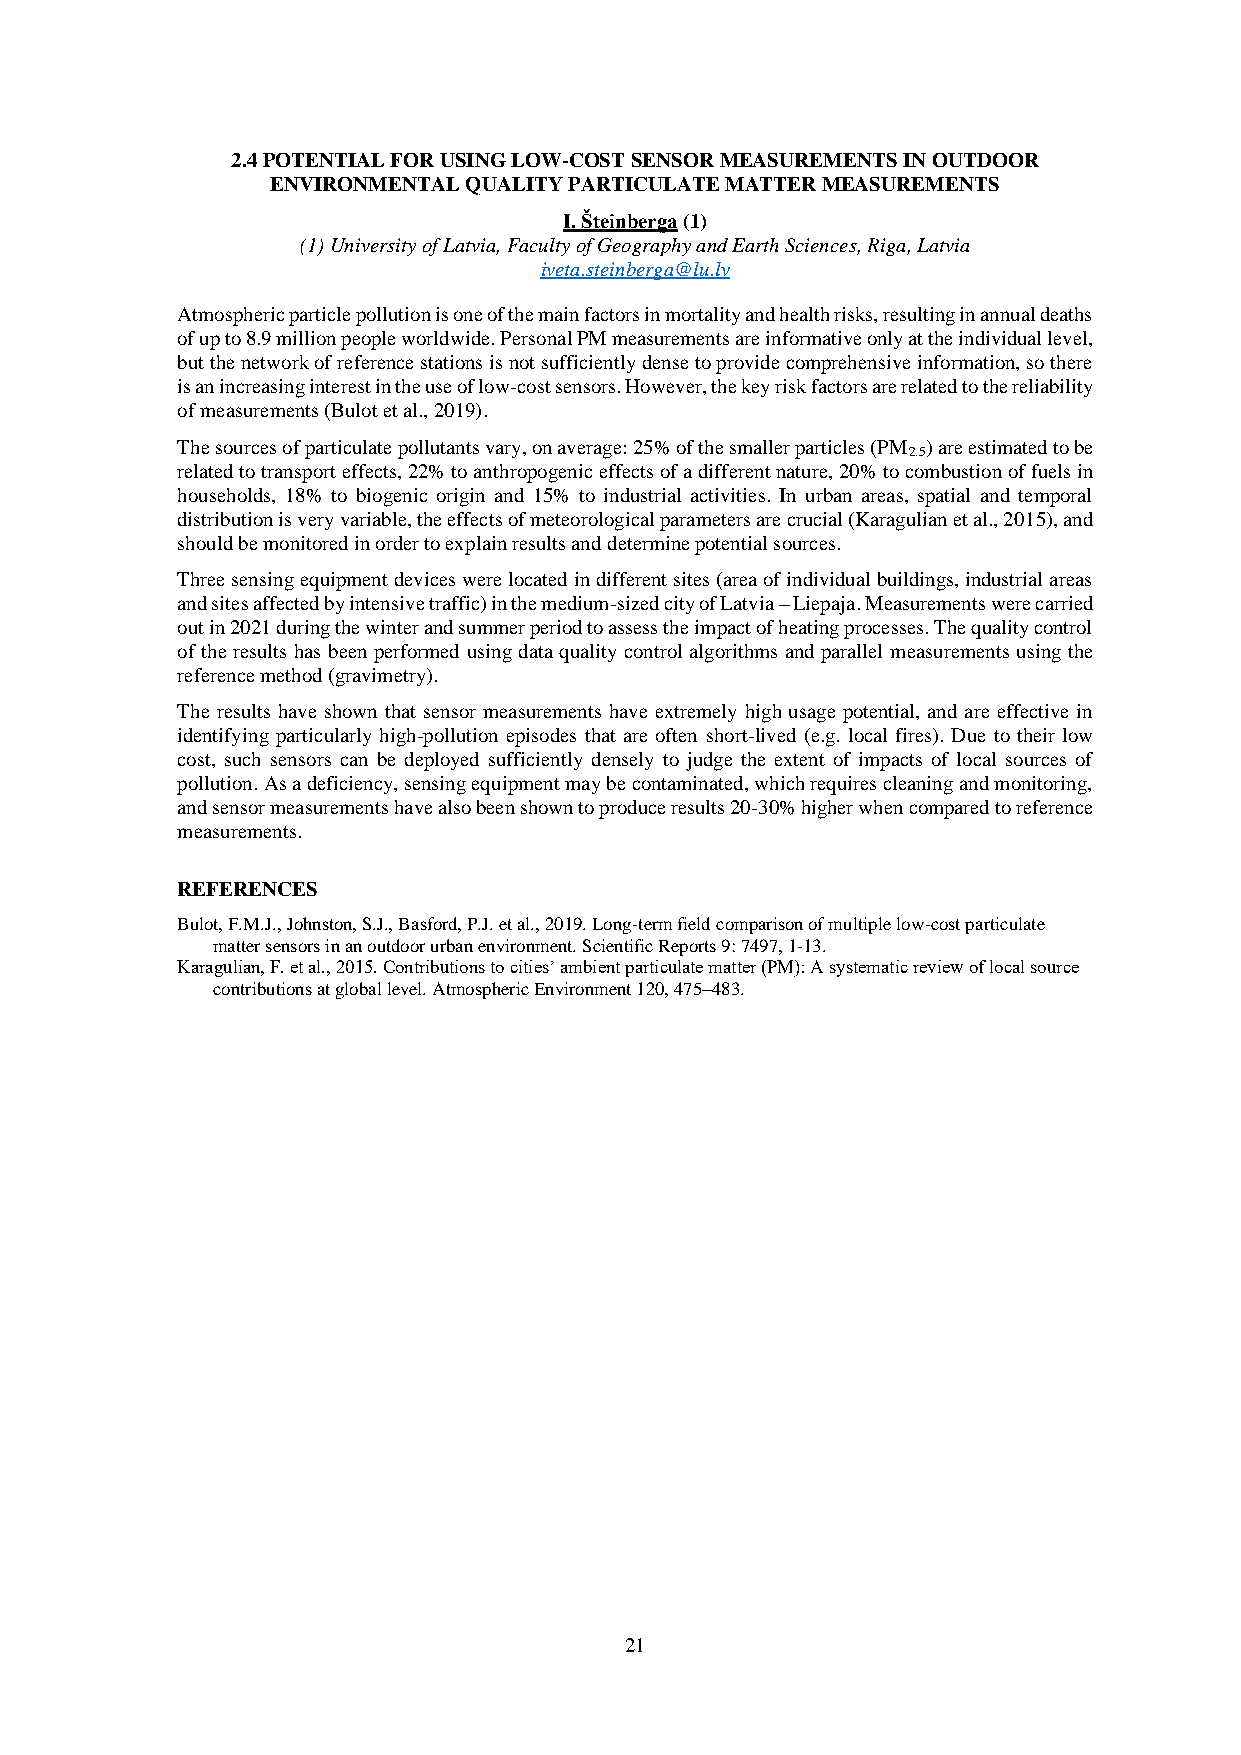
2.4 POTENTIAL FOR USING LOW-COST SENSOR MEASUREMENTS IN OUTDOOR
 ENVIRONMENTAL QUALITY PARTICULATE MATTER MEASUREMENTS
 I. Šteinberga (1)
 (1) University of Latvia, Faculty of Geography and Earth Sciences, Riga, Latvia
 iveta.steinberga@lu.lv
 Atmospheric particle pollution is one of the main factors in mortality and health risks, resulting in annual deaths
 of up to 8.9 million people worldwide. Personal PM measurements are informative only at the individual level,
 but the network of reference stations is not sufficiently dense to provide comprehensive information, so there
 is an increasing interest in the use of low-cost sensors. However, the key risk factors are related to the reliability
 of measurements (Bulot et al., 2019).
 The sources of particulate pollutants vary, on average: 25% of the smaller particles (PM ) are estimated to be
 2.5
 related to transport effects, 22% to anthropogenic effects of a different nature, 20% to combustion of fuels in
 households, 18% to biogenic origin and 15% to industrial activities. In urban areas, spatial and temporal
 distribution is very variable, the effects of meteorological parameters are crucial (Karagulian et al., 2015), and
 should be monitored in order to explain results and determine potential sources.
 Three sensing equipment devices were located in different sites (area of individual buildings, industrial areas
 and sites affected by intensive traffic) in the medium-sized city of Latvia – Liepaja. Measurements were carried
 out in 2021 during the winter and summer period to assess the impact of heating processes. The quality control
 of the results has been performed using data quality control algorithms and parallel measurements using the
 reference method (gravimetry).
 The results have shown that sensor measurements have extremely high usage potential, and are effective in
 identifying particularly high-pollution episodes that are often short-lived (e.g. local fires). Due to their low
 cost, such sensors can be deployed sufficiently densely to judge the extent of impacts of local sources of
 pollution. As a deficiency, sensing equipment may be contaminated, which requires cleaning and monitoring,
 and sensor measurements have also been shown to produce results 20-30% higher when compared to reference
 measurements.
 REFERENCES
 Bulot, F.M.J., Johnston, S.J., Basford, P.J. et al., 2019. Long-term field comparison of multiple low-cost particulate
 matter sensors in an outdoor urban environment. Scientific Reports 9: 7497, 1-13.
 Karagulian, F. et al., 2015. Contributions to cities’ ambient particulate matter (PM): A systematic review of local source
 contributions at global level. Atmospheric Environment 120, 475–483.
 21